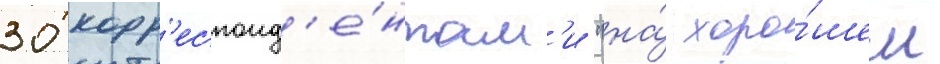
30 корр'еспонд'е́нтам'и "на́ хоро́шем